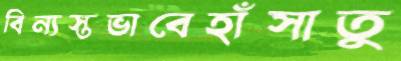
বিন্যস্তভাবেহাঁসাতু